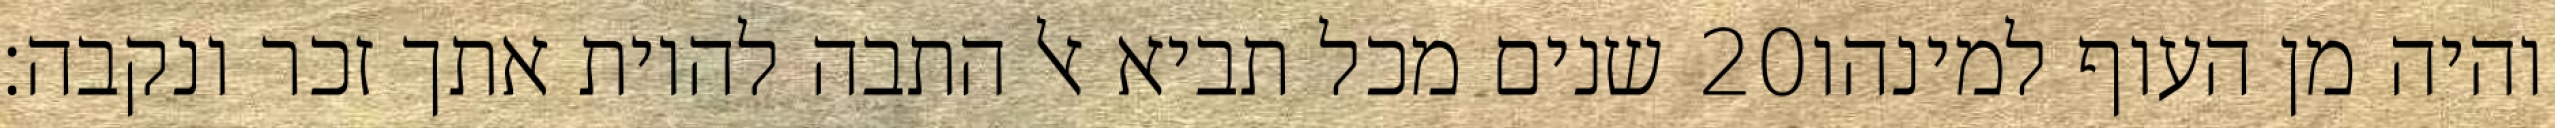
שנים מכל תביא אל התבה להיות אתך זכר ונקבה׃ ‎20‏ והיה מן העוף למינהו